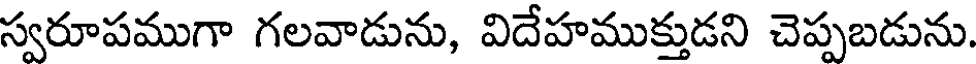
స్వరూపముగా గలవాడును, విదేహముక్తుడని చెప్పబడును